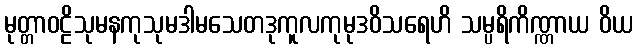
မုတ္တာဝဠိသုမနကုသုမဒါမသေတဒုကူလကုမုဒဝိသရေဟိ သမ္ပရိကိဏ္ဏာယ ဝိယ